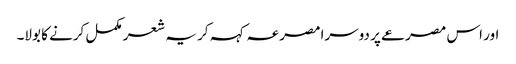
اور اس مصرعے پر دوسرا مصرعہ کہہ کر یہ شعر مکمل کرنے کا بولا۔